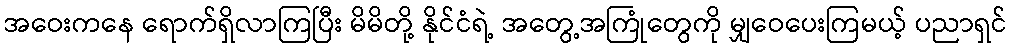
အဝေးကနေ ရောက်ရှိလာကြပြီး မိမိတို့ နိုင်ငံရဲ့ အတွေ့အကြုံတွေကို မျှဝေပေးကြမယ့် ပညာရှင်